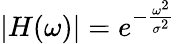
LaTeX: |H(\omega)|=e^{-{\frac{\omega^{2}}{\sigma^{2}}}}